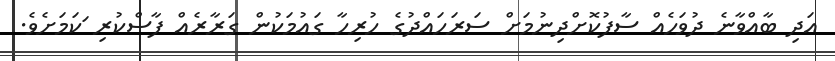
އަދި ބާއްވާނެ ދުވަހެއް ސާފުކޮށްދިނުމަށް ސަރަހައްދުގެ ހުރިހާ ގައުމަކުން ގަރާރެއް ފާސްކުރި ަކަމަށެވެ.